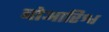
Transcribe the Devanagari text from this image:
बोआरिश्व